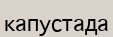
капустада